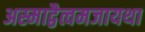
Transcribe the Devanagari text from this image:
अस्माद्वैत्वमजायथा